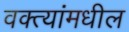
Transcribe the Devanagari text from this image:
वक्त्यांमधील